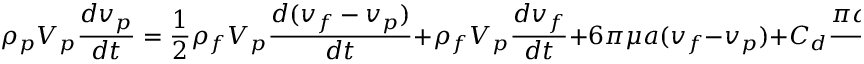
\rho _ { p } V _ { p } \frac { d \boldsymbol { v _ { p } } } { d t } = \frac { 1 } { 2 } \rho _ { f } V _ { p } \frac { d ( \boldsymbol { v _ { f } } - \boldsymbol { v _ { p } } ) } { d t } + \rho _ { f } V _ { p } \frac { d \boldsymbol { v _ { f } } } { d t } + 6 \pi \mu a ( \boldsymbol { v _ { f } } - \boldsymbol { v _ { p } } ) + C _ { d } \frac { \pi a ^ { 2 } \rho _ { f } } { 2 } | \boldsymbol { v _ { f } } - \boldsymbol { v _ { p } } | ( \boldsymbol { v _ { f } } - \boldsymbol { v _ { p } } ) .